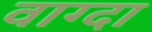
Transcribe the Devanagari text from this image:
वाग्दा